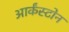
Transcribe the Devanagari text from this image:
आर्कंस्टोन